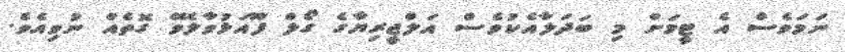
ނަމަވެސް އެ ޓީމަށް މި ބަދަލާއެކުވެސް އަލްޖީރިޔާގެ ގޯލް ފޫއަޅުވާލެވޭ ގޮތެއް ނުވިއެވެ.